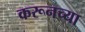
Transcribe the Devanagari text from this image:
करूनच्या